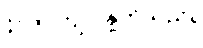
1500 ကျပ် နှုတ်သည်။